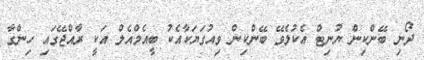
ދޯނި ބޭންކިން ޔުނިޓް އެކުލެވޭ ބޭންކިން ވިއުގަޔަކާއެކު ބީއެމްއެލްް އަކީ ރާއްޖޭގައި ހިންގާ